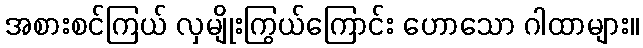
အစားစင်ကြယ် လှမျိုးကြွယ်ကြောင်း ဟောသော ဂါထာများ။